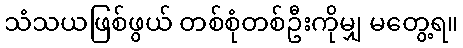
သံသယဖြစ်ဖွယ် တစ်စုံတစ်ဦးကိုမျှ မတွေ့ရ။